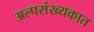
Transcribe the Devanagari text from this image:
अल्पसंख्यकात